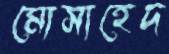
মোসাহেদ